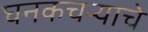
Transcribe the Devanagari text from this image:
घनकचऱ्याचे